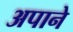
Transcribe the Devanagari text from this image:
अपाने